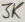
Text: 3K